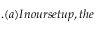
. ( a ) I n o u r s e t u p , t h e